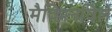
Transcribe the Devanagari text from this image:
मैक्मिनविले